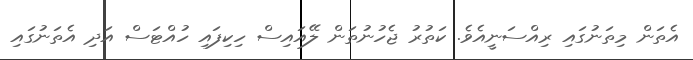
އެތަން މިތަނުގައި ރިއްސަނީއެވެ. ކަތުރު ޖެހުނުތަން ލޭއައިސް ހިކިފައި ހުއްޓަސް އަދި އެތަނުގައި